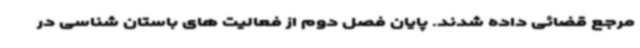
مرجع قضائی داده شدند. پایان فصل دوم از فعالیت های باستان شناسی در